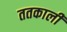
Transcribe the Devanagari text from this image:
ततकाली